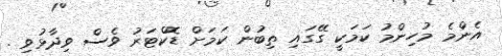
އެންމެ މުހިންމު ކަމަކީ ގޭގައި ތިބުން ކަމަށް ޑޮކްޓަރު ވެސް ވިދާޅުވި .